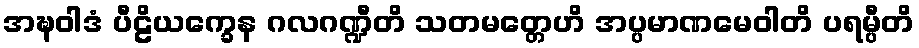
အဍ္ဎဝါဒံ ပီဠိယက္ခေန ဂလဂဏ္ဍီတိ သတမတ္တေဟိ အပ္ပမာဏမေဝါတိ ပရမ္ပီတိ